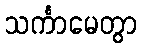
သင်္ကာမေတွာ